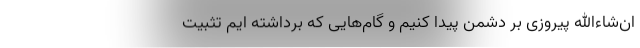
ان‌شاءالله پیروزی بر دشمن پیدا کنیم و گام‌هایی که برداشته ایم تثبیت